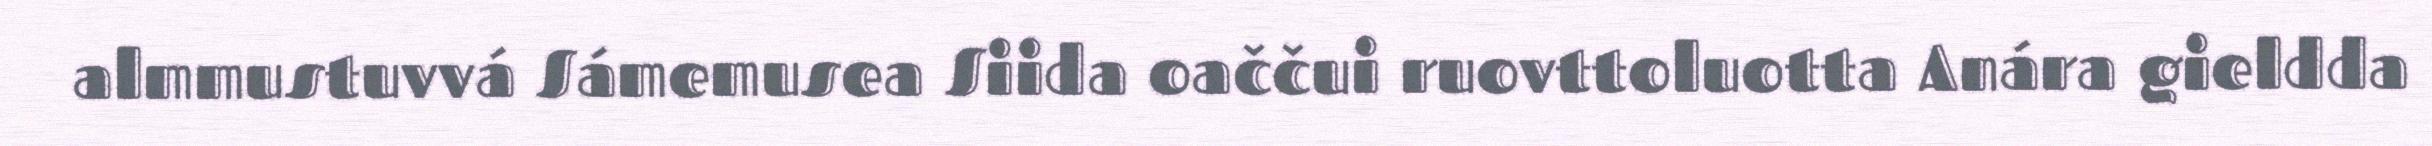
almmustuvvá Sámemusea Siida oaččui ruovttoluotta Anára gieldda